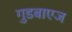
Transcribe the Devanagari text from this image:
गुडबाएज